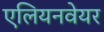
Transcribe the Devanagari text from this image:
एलियनवेयर